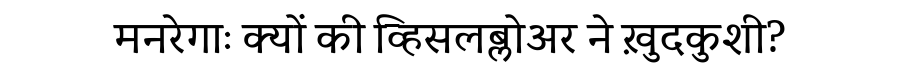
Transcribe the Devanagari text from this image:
मनरेगाः क्यों की व्हिसलब्लोअर ने ख़ुदकुशी?